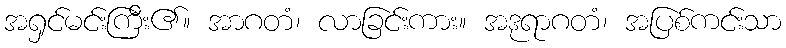
အရှင်မင်းကြီး၏။ အာဂတံ၊ လာခြင်းကား။ အဒုရာဂတံ၊ အပြစ်ကင်းသာ